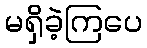
မရှိခဲ့ကြပေ